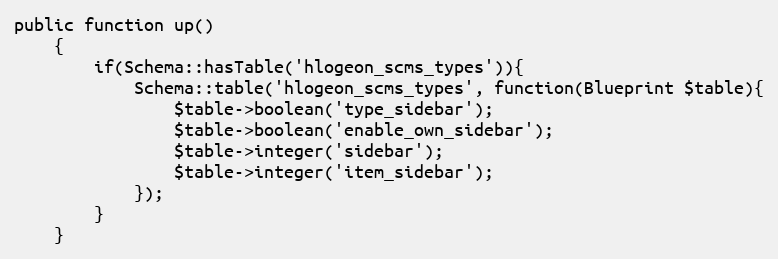
Language: PHP
public function up()
	{
		if(Schema::hasTable('hlogeon_scms_types')){
            Schema::table('hlogeon_scms_types', function(Blueprint $table){
                $table->boolean('type_sidebar');
                $table->boolean('enable_own_sidebar');
                $table->integer('sidebar');
                $table->integer('item_sidebar');
            });
        }
	}